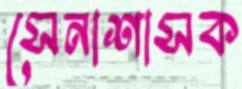
সেনাশাসক